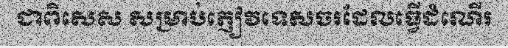
ជាពិសេស សម្រាប់ភ្ញៀវទេសចរដែលធ្វើដំណើរ